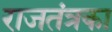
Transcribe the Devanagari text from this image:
राजतंत्रका